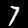
Digit: 7